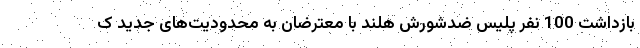
بازداشت 100 نفر پلیس ضدشورش هلند با معترضان به محدودیت‌های جدید ک